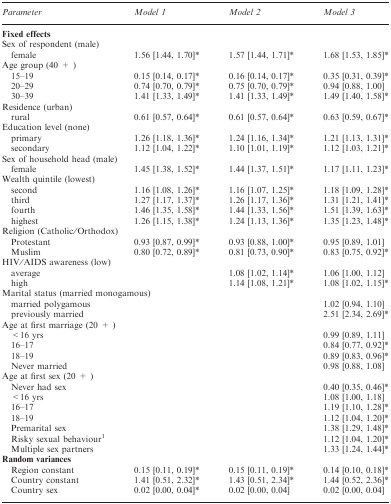
<table><thead><tr><td><b>Parameter</b></td><td><b>Model 1</b></td><td><b>Model 2</b></td><td><b>Model 3</b></td></tr></thead><tbody><tr><td colspan="4"><b>Fixed effects</b></td></tr><tr><td colspan="4">Sex of respondent (male)</td></tr><tr><td> female</td><td>1.56 [1.44, 1.70]*</td><td>1.57 [1.44, 1.71]*</td><td>1.68 [1.53, 1.85]*</td></tr><tr><td colspan="4">Age group (40 + )</td></tr><tr><td> 15–19</td><td>0.15 [0.14, 0.17]*</td><td>0.16 [0.14, 0.17]*</td><td>0.35 [0.31, 0.39]*</td></tr><tr><td> 20–29</td><td>0.74 [0.70, 0.79]*</td><td>0.75 [0.70, 0.79]*</td><td>0.94 [0.88, 1.00]</td></tr><tr><td> 30–39</td><td>1.41 [1.33, 1.49]*</td><td>1.41 [1.33, 1.49]*</td><td>1.49 [1.40, 1.58]*</td></tr><tr><td colspan="4">Residence (urban)</td></tr><tr><td> rural</td><td>0.61 [0.57, 0.64]*</td><td>0.61 [0.57, 0.64]*</td><td>0.63 [0.59, 0.67]*</td></tr><tr><td colspan="4">Education level (none)</td></tr><tr><td> primary</td><td>1.26 [1.18, 1.36]*</td><td>1.24 [1.16, 1.34]*</td><td>1.21 [1.13, 1.31]*</td></tr><tr><td> secondary</td><td>1.12 [1.04, 1.22]*</td><td>1.10 [1.01, 1.19]*</td><td>1.12 [1.03, 1.21]*</td></tr><tr><td colspan="4">Sex of household head (male)</td></tr><tr><td> female</td><td>1.45 [1.38, 1.52]*</td><td>1.44 [1.37, 1.51]*</td><td>1.17 [1.11, 1.23]*</td></tr><tr><td colspan="4">Wealth quintile (lowest)</td></tr><tr><td> second</td><td>1.16 [1.08, 1.26]*</td><td>1.16 [1.07, 1.25]*</td><td>1.18 [1.09, 1.28]*</td></tr><tr><td> third</td><td>1.27 [1.17, 1.37]*</td><td>1.26 [1.17, 1.36]*</td><td>1.31 [1.21, 1.41]*</td></tr><tr><td> fourth</td><td>1.46 [1.35, 1.58]*</td><td>1.44 [1.33, 1.56]*</td><td>1.51 [1.39, 1.63]*</td></tr><tr><td> highest</td><td>1.26 [1.15, 1.38]*</td><td>1.24 [1.13, 1.36]*</td><td>1.35 [1.23, 1.48]*</td></tr><tr><td colspan="4">Religion (Catholic/Orthodox)</td></tr><tr><td> Protestant</td><td>0.93 [0.87, 0.99]*</td><td>0.93 [0.88, 1.00]*</td><td>0.95 [0.89, 1.01]</td></tr><tr><td> Muslim</td><td>0.80 [0.72, 0.89]*</td><td>0.81 [0.73, 0.90]*</td><td>0.83 [0.75, 0.92]*</td></tr><tr><td colspan="4">HIV/AIDS awareness (low)</td></tr><tr><td> average</td><td></td><td>1.08 [1.02, 1.14]*</td><td>1.06 [1.00, 1.12]</td></tr><tr><td> high</td><td></td><td>1.14 [1.08, 1.21]*</td><td>1.08 [1.02, 1.15]*</td></tr><tr><td colspan="4">Marital status (married monogamous)</td></tr><tr><td> married polygamous</td><td></td><td></td><td>1.02 [0.94, 1.10]</td></tr><tr><td> previously married</td><td></td><td></td><td>2.51 [2.34, 2.69]*</td></tr><tr><td colspan="4">Age at first marriage (20 + )</td></tr><tr><td> &lt;16 yrs</td><td></td><td></td><td>0.99 [0.89, 1.11]</td></tr><tr><td> 16–17</td><td></td><td></td><td>0.84 [0.77, 0.92]*</td></tr><tr><td> 18–19</td><td></td><td></td><td>0.89 [0.83, 0.96]*</td></tr><tr><td> Never married</td><td></td><td></td><td>0.98 [0.88, 1.08]</td></tr><tr><td colspan="4">Age at first sex (20 + )</td></tr><tr><td> Never had sex</td><td></td><td></td><td>0.40 [0.35, 0.46]*</td></tr><tr><td> &lt;16 yrs</td><td></td><td></td><td>1.08 [1.00, 1.18]</td></tr><tr><td> 16–17</td><td></td><td></td><td>1.19 [1.10, 1.28]*</td></tr><tr><td> 18–19</td><td></td><td></td><td>1.12 [1.04, 1.20]*</td></tr><tr><td> Premarital sex</td><td></td><td></td><td>1.38 [1.29, 1.48]*</td></tr><tr><td> Risky sexual behaviour1</td><td></td><td></td><td>1.12 [1.04, 1.20]*</td></tr><tr><td> Multiple sex partners</td><td></td><td></td><td>1.33 [1.24, 1.44]*</td></tr><tr><td colspan="4"><b>Random variances</b></td></tr><tr><td> Region constant</td><td>0.15 [0.11, 0.19]*</td><td>0.15 [0.11, 0.19]*</td><td>0.14 [0.10, 0.18]*</td></tr><tr><td> Country constant</td><td>1.41 [0.51, 2.32]*</td><td>1.43 [0.51, 2.34]*</td><td>1.44 [0.52, 2.36]*</td></tr><tr><td> Country sex</td><td>0.02 [0.00, 0.04]*</td><td>0.02 [0.00, 0.04]</td><td>0.02 [0.00, 0.04]</td></tr></tbody></table>